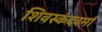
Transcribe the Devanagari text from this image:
शिवस्कंदवर्मा